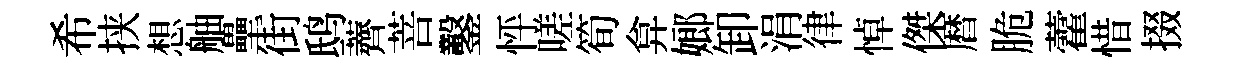
希挟想舳壘街鸱薺菩鑿怦嗟筍弇嫏卸涓律悼傑暦脆藿惜掇